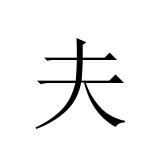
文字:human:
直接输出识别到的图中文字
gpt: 夫